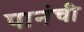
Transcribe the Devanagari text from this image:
पानंची